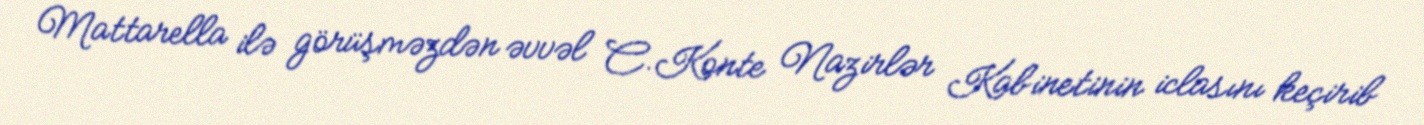
Mattarella ilə görüşməzdən əvvəl C.Konte Nazirlər Kabinetinin iclasını keçirib